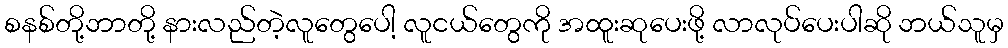
စနစ်တို့ဘာတို့ နားလည်တဲ့လူတွေပေါ့ လူငယ်တွေကို အထူးဆုပေးဖို့ လာလုပ်ပေးပါဆို ဘယ်သူမှ